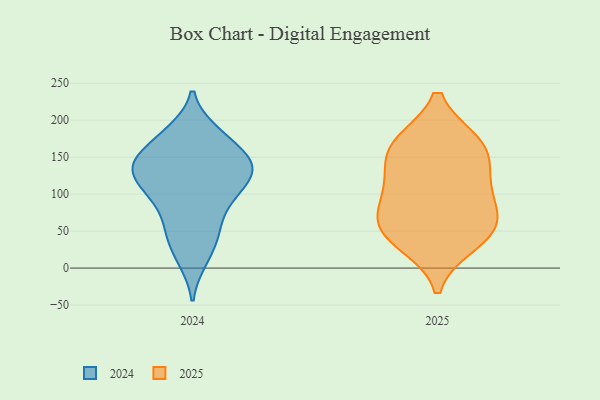
{"axis": {"x": "Population (Million)", "y": "Value"}, "legend": ["2024", "2025"], "data": [{"x": "", "y": 113, "type": "2025"}, {"x": "", "y": 169, "type": "2025"}, {"x": "", "y": 44, "type": "2025"}, {"x": "", "y": 56, "type": "2025"}, {"x": "", "y": 169, "type": "2025"}, {"x": "", "y": 103, "type": "2025"}, {"x": "", "y": 34, "type": "2025"}, {"x": "", "y": 77, "type": "2025"}, {"x": "", "y": 61, "type": "2025"}, {"x": "", "y": 137, "type": "2025"}, {"x": "", "y": 165, "type": "2025"}, {"x": "", "y": 141, "type": "2024"}, {"x": "", "y": 10, "type": "2024"}, {"x": "", "y": 94, "type": "2024"}, {"x": "", "y": 48, "type": "2024"}, {"x": "", "y": 115, "type": "2024"}, {"x": "", "y": 140, "type": "2024"}, {"x": "", "y": 83, "type": "2024"}, {"x": "", "y": 133, "type": "2024"}, {"x": "", "y": 110, "type": "2024"}, {"x": "", "y": 179, "type": "2024"}, {"x": "", "y": 155, "type": "2024"}, {"x": "", "y": 44, "type": "2024"}, {"x": "", "y": 141, "type": "2024"}, {"x": "", "y": 185, "type": "2024"}]}